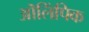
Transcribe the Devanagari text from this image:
ऒलिंपिक